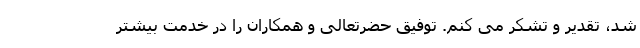
شد، تقدیر و تشکر می کنم. توفیق حضرتعالی و همکاران را در خدمت بیشتر